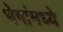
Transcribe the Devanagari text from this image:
भेगांमध्ये